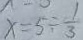
x = 5 \div \frac { 1 } { 3 }